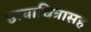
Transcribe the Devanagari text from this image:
छायाचित्रासह